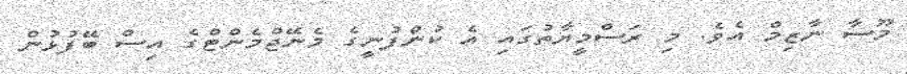
މޫސާ ނާޒިމް އެވެ. މި ރަސްމީޔާތުގައި އެ ކުންފުނީގެ މެނޭޖްމެންޓްގެ އިސް ބޭފުޅުން